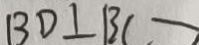
B D \bot B C